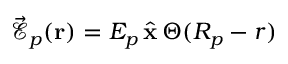
\vec { \mathcal { E } } _ { p } ( { \bf r } ) = E _ { p } \, \hat { \bf x } \, \Theta ( R _ { p } - r )